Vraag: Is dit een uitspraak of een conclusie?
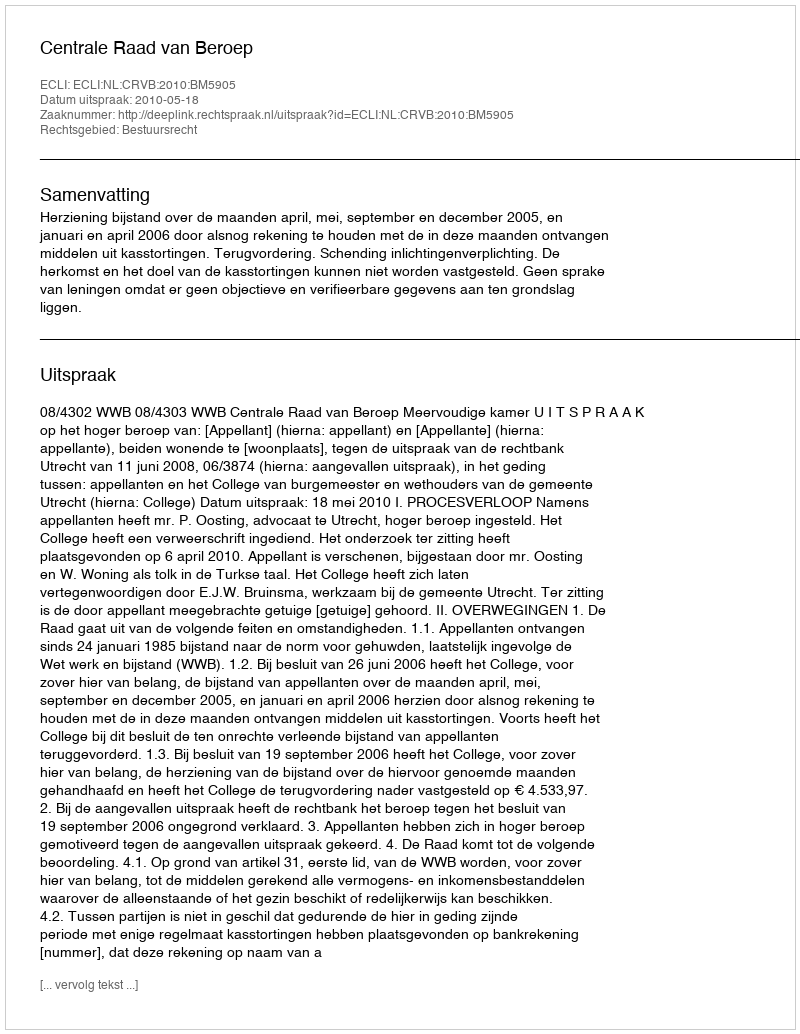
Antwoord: Uitspraak